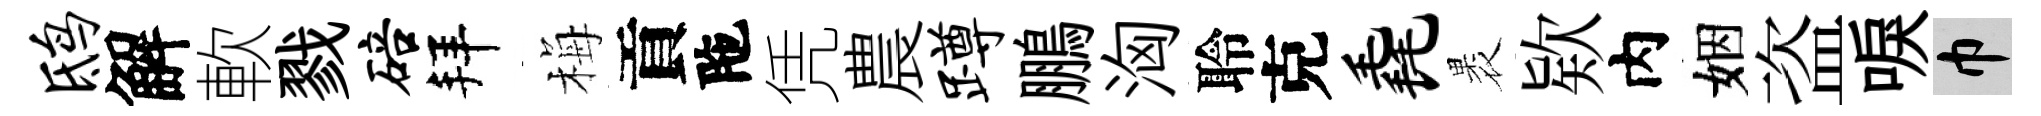
鸱解軟戮碚拜梅貢陁凭農蹲鵬洶聆克毳褁欵内姻盗唳巾